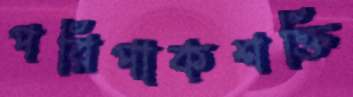
পরিপাকশক্তি